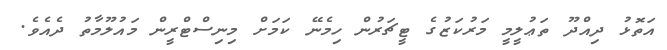
އަތޮޅު ދިއްދޫ ތަޢުލީމީ މަރުކަޒުގެ ޓީޗަރުން ހިމެނޭ ކަމަށް މިނިސްޓްރީން މައުލޫމާތު ދެއެވެ.